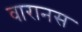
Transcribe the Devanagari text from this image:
वारानस